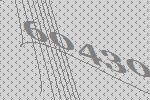
60430